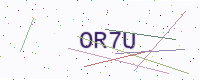
Text: OR7U